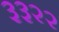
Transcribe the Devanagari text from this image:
३३२२